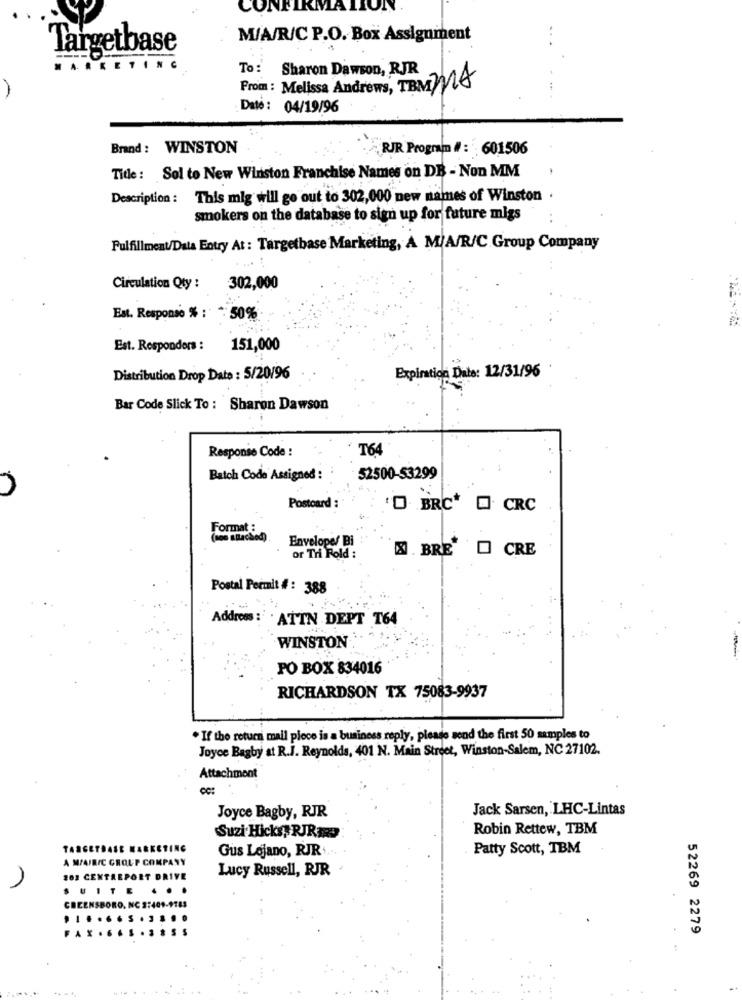
CONFIRMA
M/A/R/C P.O. Box Assignment
Targetbase
To: Sharon Dawson, RJR
From: Melissa Andrews, TBMMA
Date : 04/19/96
Brand: WINSTON
RJR Program #: : 601506
Title: Sol to New Winston Franchise Names on DB - Non MM
Description : This mig will go out to 302,000 new names of Winston .
smokers on the database to sign up for future migs
Fulfillment/Data Entry At : Targetbase Marketing, A M/A/R/C Group Company
Circulation Qty :
302,000
Est. Responso % : ": 50%
Est. Responders :
151,000
Expiration Date: 12/31/96
Distribution Drop Date : 5/20/96
Bar Code Slick To : Sharon Dawson
Response Code :
T64
Batch Code Assigned :
52500-53299
Postcard :
'D BRC* O CRC
Format :
(aos attached)
Envelope/ Bi
. BRE"
O CRE
or Tri Fold :
Postal Permit #: 388
Address :ATTN DEPT T64
WINSTON
PO BOX 834016
RICHARDSON TX 75083-9937
. If the return mail piece is a business reply, please send the first 50 samples to
Joyce Bagby at R.J. Reynolds, 401 N. Main Street, Winston-Salem, NC 27102.
Attachmont
Jack Sarsen, LHC-Lintas
Joyce Bagby, RJR
Suzi Hicks; RJRaRo
Robin Rettew, TBM
TARGETBASE MARKETIN
Gus Lojano, RJR
Patty Scott, TBM
A MIAIRIC GROUP COMPANY
Lucy Russell, RJR
202 CENTREPORT DRIVE
IITE
..
CREENSBORG
....... . 38
AX.
52269 2279
..